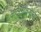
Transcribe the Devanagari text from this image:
कर्दळीवनाचा